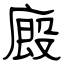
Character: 廄